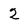
Character: 2